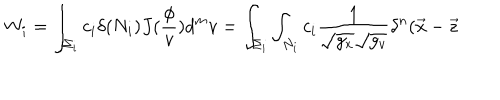
LaTeX: W _ { i } = \int _ { \Sigma _ { i } } c _ { i } \delta ( N _ { i } ) J ( \frac \phi v ) d ^ { m } v = \int _ { \Sigma _ { i } } \int _ { N _ { i } } c _ { i } \frac 1 { \sqrt { g _ { x } } \sqrt { g _ { v } } } \delta ^ { n } ( \vec { x } - \vec { z }